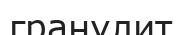
гранулит